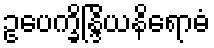
ဥပေက္ခိန္ဒြိယနိရောဓံ